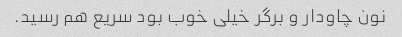
نون چاودار و برگر خیلی خوب بود سریع هم رسید.